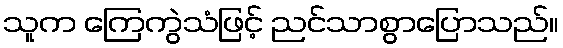
သူက ကြေကွဲသံဖြင့် ညင်သာစွာပြောသည်။